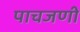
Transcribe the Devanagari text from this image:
पाचजणी